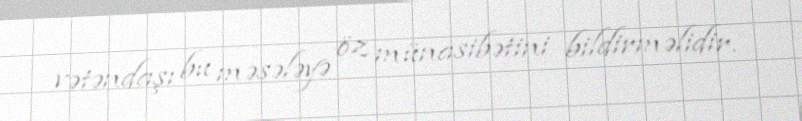
vətəndaşı bu məsələyə öz münasibətini bildirməlidir.